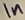
Text: In